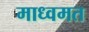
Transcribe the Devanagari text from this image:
माध्वमत